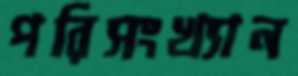
পরিসংখ্যান